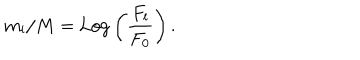
LaTeX: m _ { l } / M = \mathrm { L o g } \left( \frac { F _ { l } } { F _ { 0 } } \right) .